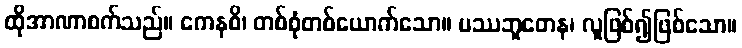
ထိုအာဏာစက်သည်။ ကေနစိ၊ တစ်စုံတစ်ယောက်သော။ မဿဘူတေန၊ လူဖြစ်၍ဖြစ်သော။